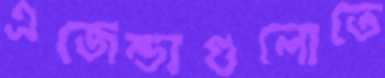
এজেন্ডাগুলোতে